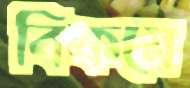
বিকমে